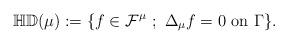
LaTeX: \begin{align*} \mathbb{HD}(\mu)&:=\{f\in{\cal F}^{\mu}\ ;\ \Delta_{\mu}f=0\ {\rm on}\ \Gamma\}.\end{align*}